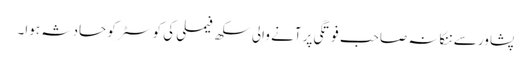
پشاور سے ننکانہ صاحب فوتگی پر آنے والی سکھ فیملی کی کوسٹر کو حادثہ ہوا۔